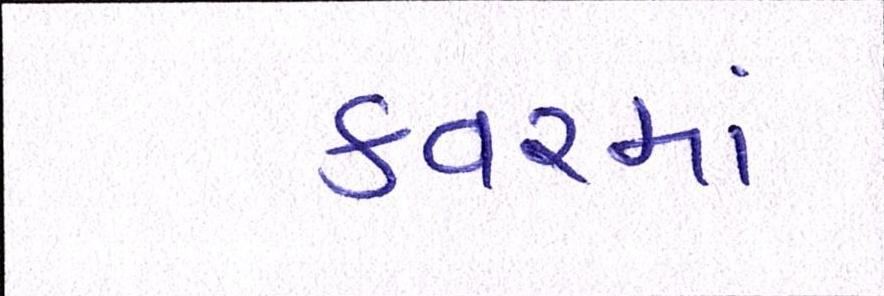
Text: કવરમાં